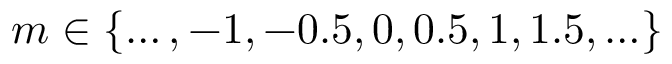
m \in \{ \ldots , - 1 , - 0 . 5 , 0 , 0 . 5 , 1 , 1 . 5 , \ldots \}